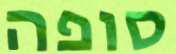
סופה